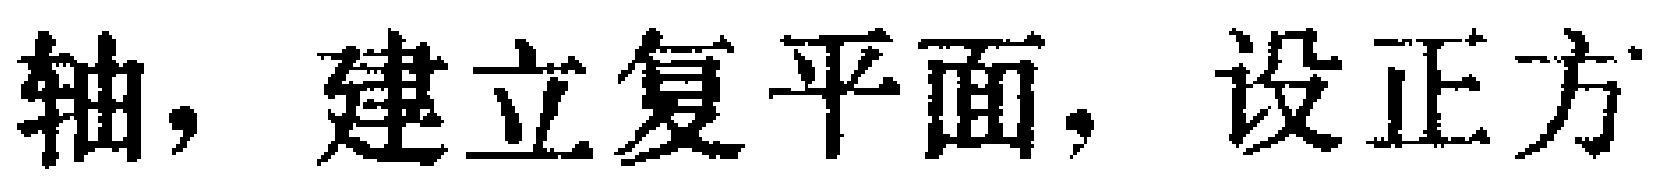
轴，建立复平面，设正方